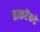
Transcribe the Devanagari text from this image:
ठाकरेंकडे